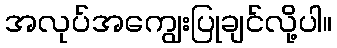
အလုပ်အကျွေးပြုချင်လို့ပါ။